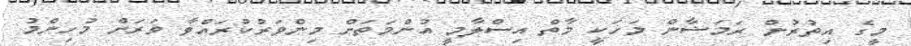
މީގެ އިތުރުން ރަމަޟާން މަހަކީ މާތް އިސްލާމީ އުންމަތަށް މިންވަރުކުރައްވާ ވަރަށް މުހިންމު